Civil Veterinary Dept. North-West Frontier Province 1933-46 - 1933-1946
Year: 1933
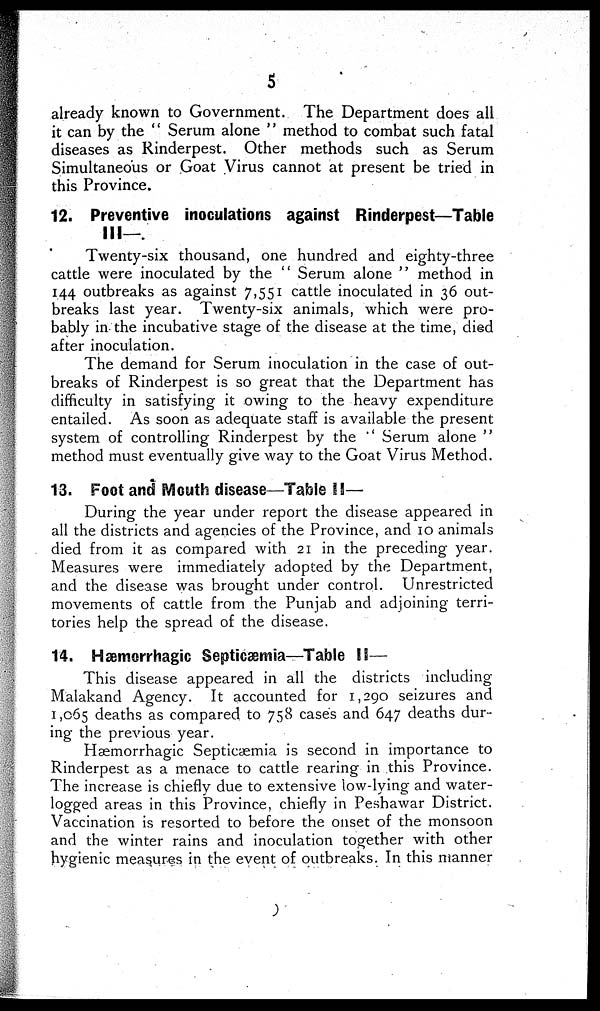
5
already known to Government. The Department does all
it can by the "Serum alone" method to combat such fatal
diseases as Rinderpest. Other methods such as Serum
Simultaneous or Goat Virus cannot at present be tried in
this Province.
12. Preventive inoculations against Rinderpest—Table
III—.
Twenty-six thousand, one hundred and eighty-three
cattle were inoculated by the "Serum alone" method in
144 outbreaks as against 7,551 cattle inoculated in 36 out-
breaks last year. Twenty-six animals, which were pro-
bably in the incubative stage of the disease at the time, died
after inoculation.
The demand for Serum inoculation in the case of out-
breaks of Rinderpest is so great that the Department has
difficulty in satisfying it owing to the heavy expenditure
entailed. As soon as adequate staff is available the present
system of controlling Rinderpest by the
Serum alone"
method must eventually give way to the Goat Virus Method.
13. Foot and Mouth disease—Table II—
During the year under report the disease appeared in
all the districts and agencies of the Province, and 10 animals
died from it as compared with 21 in the preceding year.
Measures were immediately adopted by the Department,
and the disease was brought under control. Unrestricted
movements of cattle from the Punjab and adjoining terri-
tories help the spread of the disease.
14. Hæmorrhagic Septicæmia—Table II—
This disease appeared in all the districts including
Malakand Agency. It accounted for 1,290 seizures and
1,065 deaths as compared to 758 cases and 647 deaths dur-
ing the previous year.
Hæmorrhagic Septicæmia is second in importance to
Rinderpest as a menace to cattle rearing in this Province.
The increase is chiefly due to extensive low-lying and water-
logged areas in this Province, chiefly in Peshawar District.
Vaccination is resorted to before the onset of the monsoon
and the winter rains and inoculation together with other
hygienic measures in the event of outbreaks. In this manner